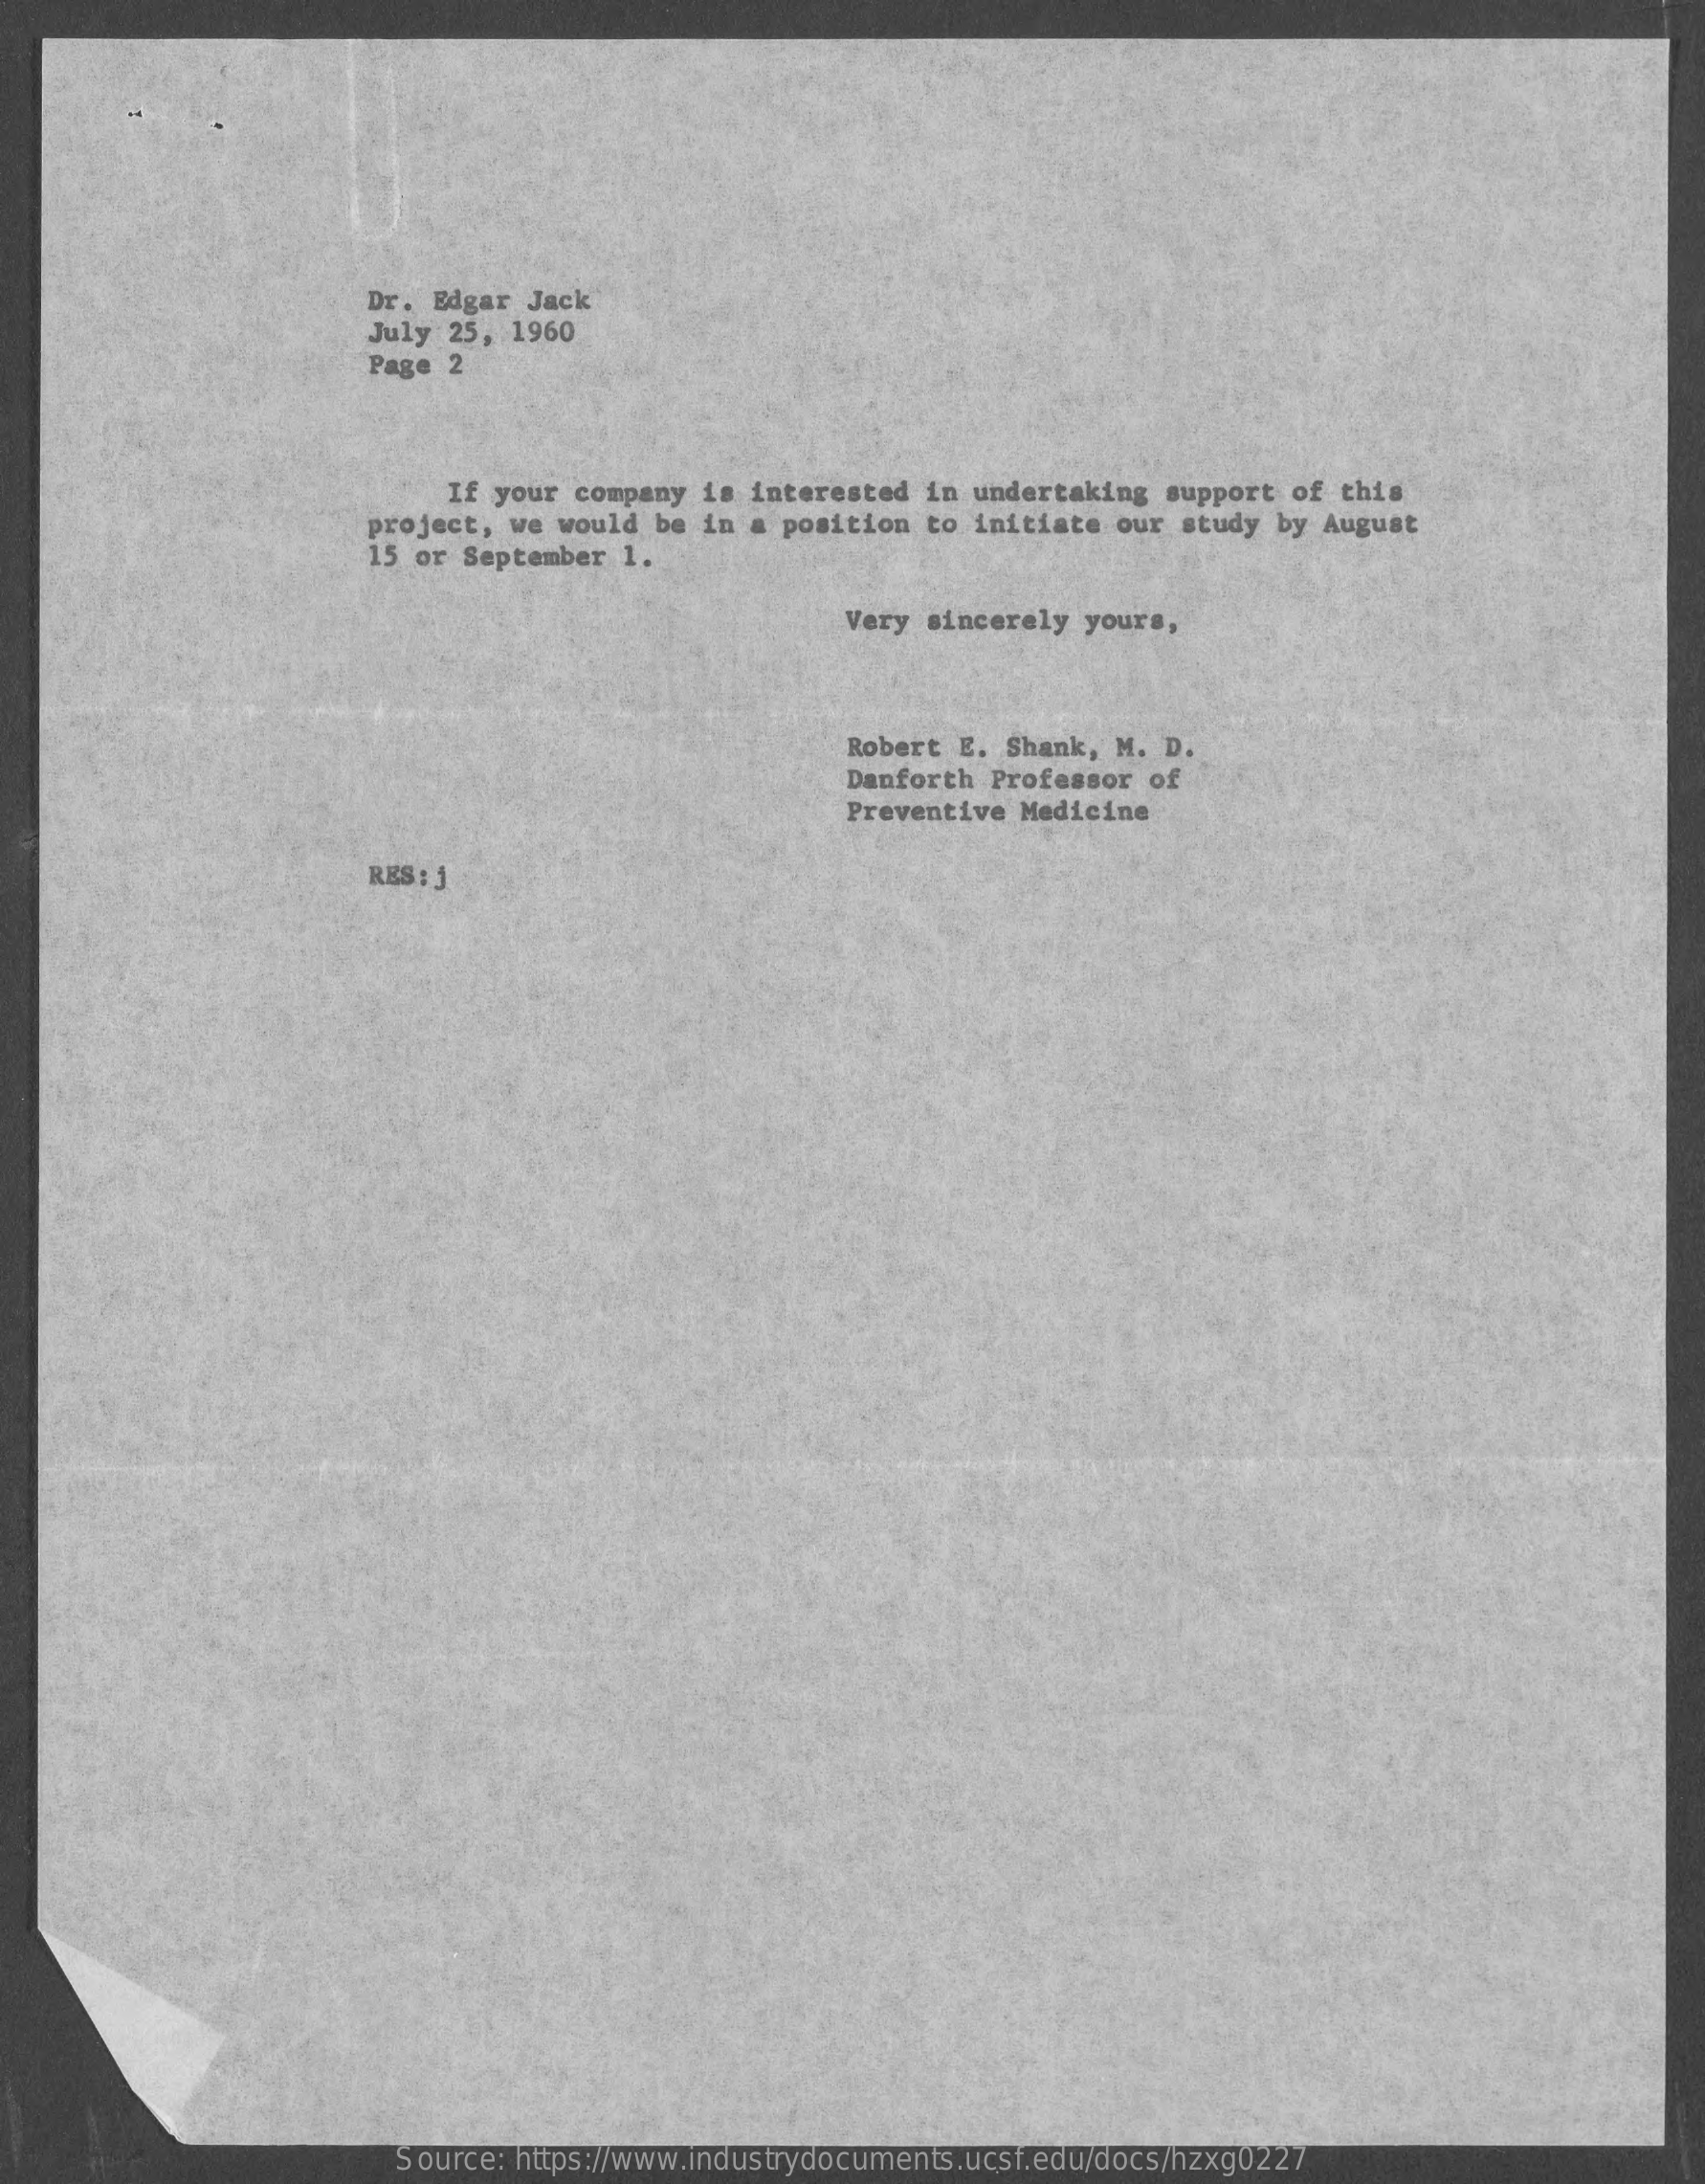
Dr. Edgar Jack
     July 25, 1960
     Page 2
     If your company  is interested in undertaking  support of this
     project, we would be  in a position to initiate our  study by August
     15 or September 1.
     Very sincerely yours,
     Robert E. Shank, M.  D.
     Danforth Professor of
     Preventive Medicine
     RES : j
     Source: https://www.industrydocuments.ucsf.edu/docs/hzxg0227